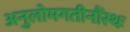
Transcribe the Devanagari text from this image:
अनुलोमगतीनौंस्थः